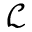
\mathcal { L }